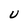
Character: U